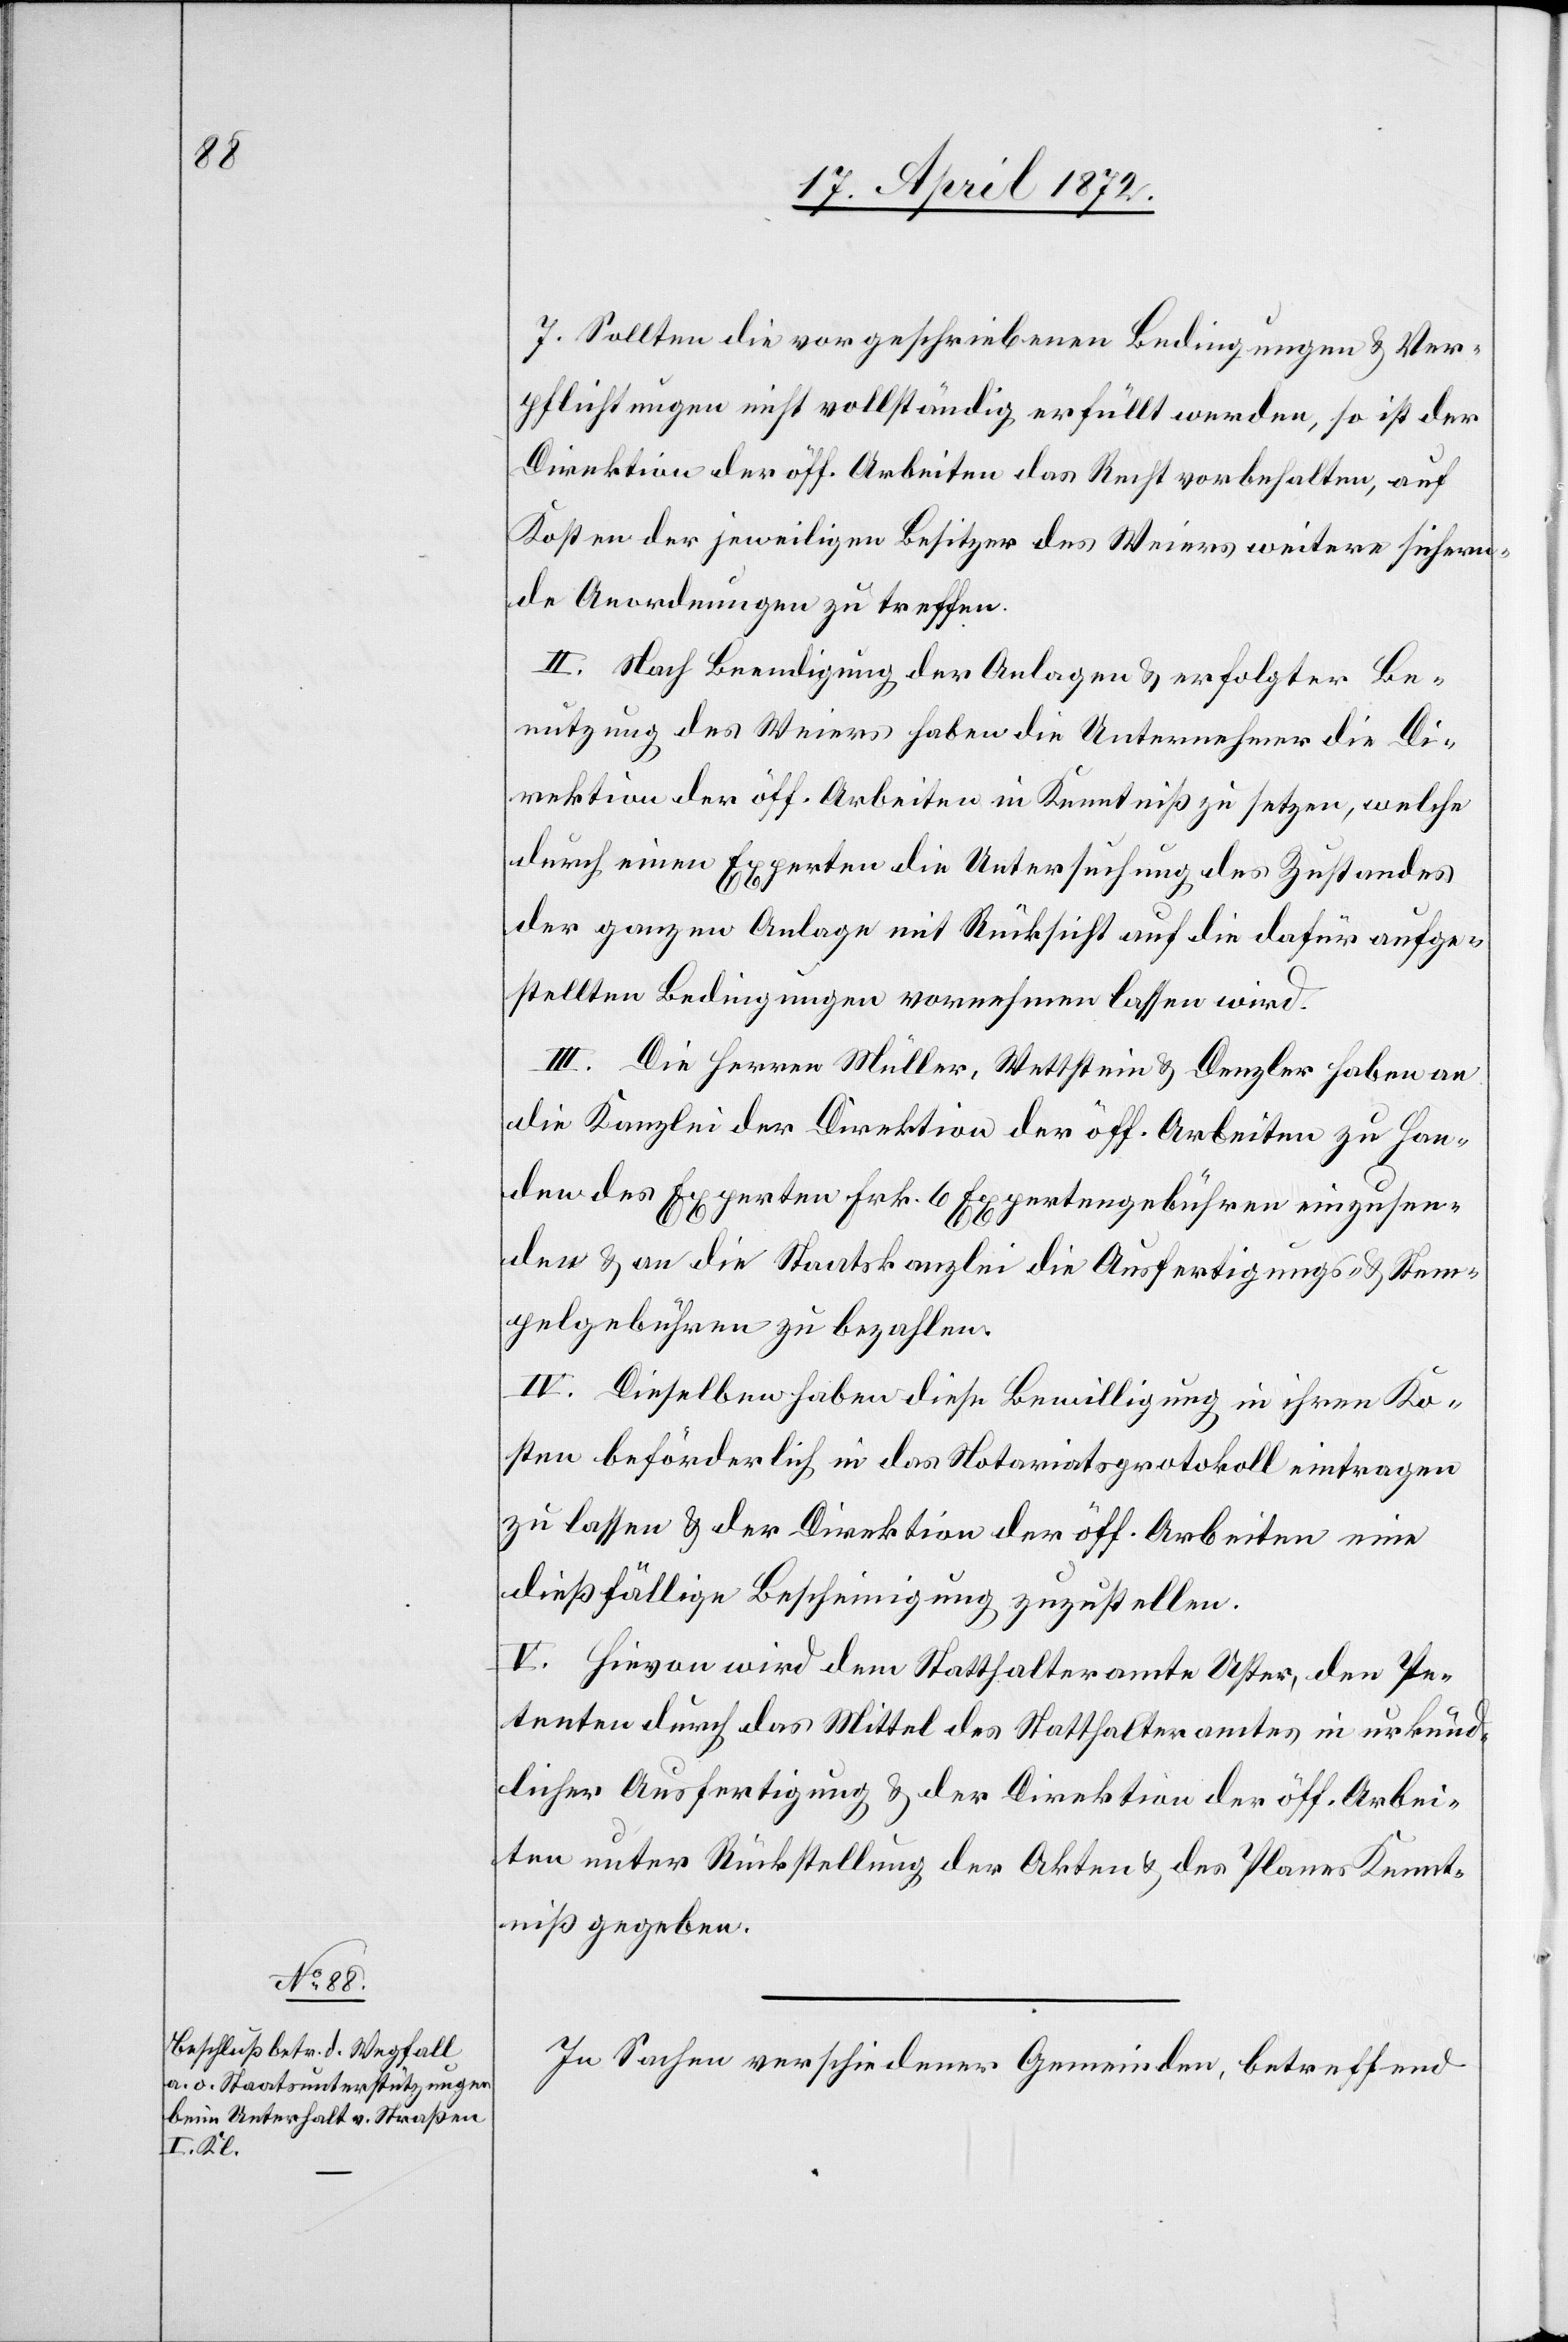
7. Sollten die vorgeschriebenen Bedingungen u. Ver¬
pflichtungen nicht vollständig erfüllt werden, so ist der
Direktion der öff. Arbeiten das Recht vorbehalten, auf
Kosten der jeweiligen Besitzer des Weiers weitere sichern¬
de Anordnungen zu treffen.
II. Nach Beendigung der Anlagen u. erfolgter Be¬
nutzung des Weiers haben die Unternehmer die Di¬
rektion der öff. Arbeiten in Kenntniß zu setzen, welche
durch einen Experten die Untersuchung des Zustandes
der ganzen Anlage mit Rücksicht auf die dafür aufge¬
stellten Bedingungen vornehmen lassen wird.
III. Die Herren Müller, Wettstein u. Denzler haben an
die Kanzlei der Direktion der öff. Arbeiten zu Han¬
den des Experten Frk. 6 Expertengebühren einzusen¬
den u. an die Staatskanzlei die Ausfertigungs- u. Stem¬
pelgebühren zu bezahlen.
IV. Dieselben haben diese Bewilligung in ihren Ko¬
sten beförderlich in das Notariatsprotokoll eintragen
zu lassen u. der Direktion der öff. Arbeiten eine
dießfällige Bescheinigung zuzustellen.
V. Hievon wird dem Statthalteramte Uster, den Pe¬
tenten durch das Mittel des Statthalteramtes in urkund¬
licher Ausfertigung u. der Direktion der öff. Arbei¬
ten unter Rückstellung der Akten u. des Planes Kennt¬
niß gegeben.
In Sachen verschiedener Gemeinden, betreffend